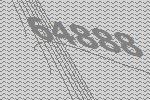
64888